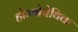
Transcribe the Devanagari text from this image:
होम्योपेथिक